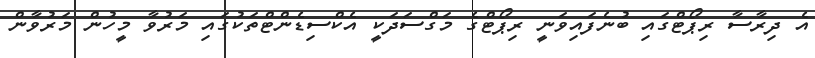
އެ ދިރާސާ ރިޕޯޓްގައި ބުނެފައިވަނީ ރިޕޯޓްގެ މަގްސަދަކީ އެކްސިޑެންޓްތަކުގައި މަރުވާ މީހުން މަރުވާން